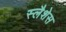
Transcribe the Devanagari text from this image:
स्लैशेस